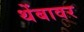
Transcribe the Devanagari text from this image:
थेंबावर